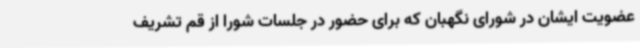
عضویت ایشان در شورای نگهبان که برای حضور در جلسات شورا از قم تشریف